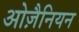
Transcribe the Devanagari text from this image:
ओज़ैनियन